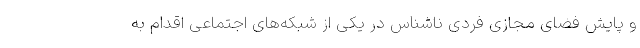
و پایش فضای مجازی فردی ناشناس در یکی از شبکه‌های اجتماعی اقدام به